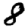
Digit: 8